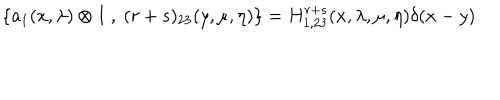
LaTeX: \{ a _ { 1 } ( x , \lambda ) \otimes I ~ , ~ ( r + s ) _ { 2 3 } ( y , \mu , \eta ) \} = H _ { 1 , 2 3 } ^ { r + s } ( x , \lambda , \mu , \eta ) \delta ( x - y ) .